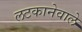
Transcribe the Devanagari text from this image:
लटकानेवाले